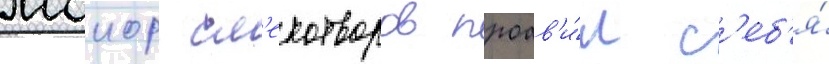
маиор см'ехотворов проав'и́л с'еб'я́